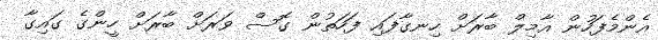
އެންމެފަހުން އާމިލް ބާރަށް ހިނގާފައި ފަހަތުން ގޮސް ވަރަށް ބާރަށް ހީންގެ ގައިގާ